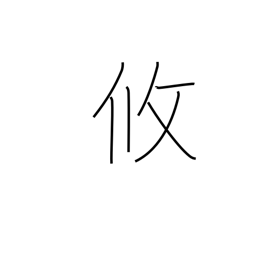
Meaning: relaxed